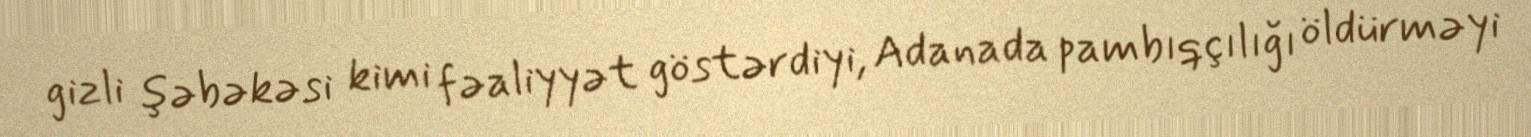
gizli şəbəkəsi kimi fəaliyyət göstərdiyi, Adanada pambıqçılığı öldürməyi